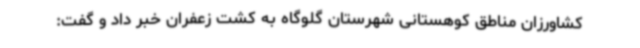
کشاورزان مناطق کوهستانی شهرستان گلوگاه به کشت زعفران خبر داد و گفت: